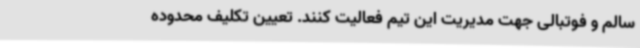
سالم و فوتبالی جهت مدیریت این تیم فعالیت کنند. تعیین تکلیف محدوده